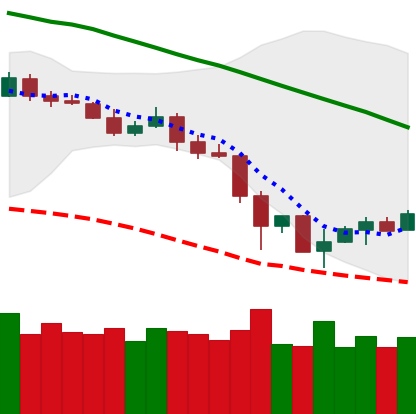
Ticker: LTC-USD
Chart end date: 2019-11-29
Forward return: -7.542%
Label: down_7plus